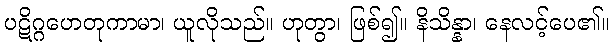
ပဋိဂ္ဂဟေတုကာမာ၊ ယူလိုသည်။ ဟုတွာ၊ ဖြစ်၍။ နိသိန္နာ၊ နေလင့်ပေ၏။